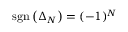
\mathrm { s g n } \left( \Delta _ { N } \right) = ( - 1 ) ^ { N }